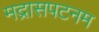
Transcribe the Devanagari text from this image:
मद्रासपटनम